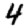
Digit: 4